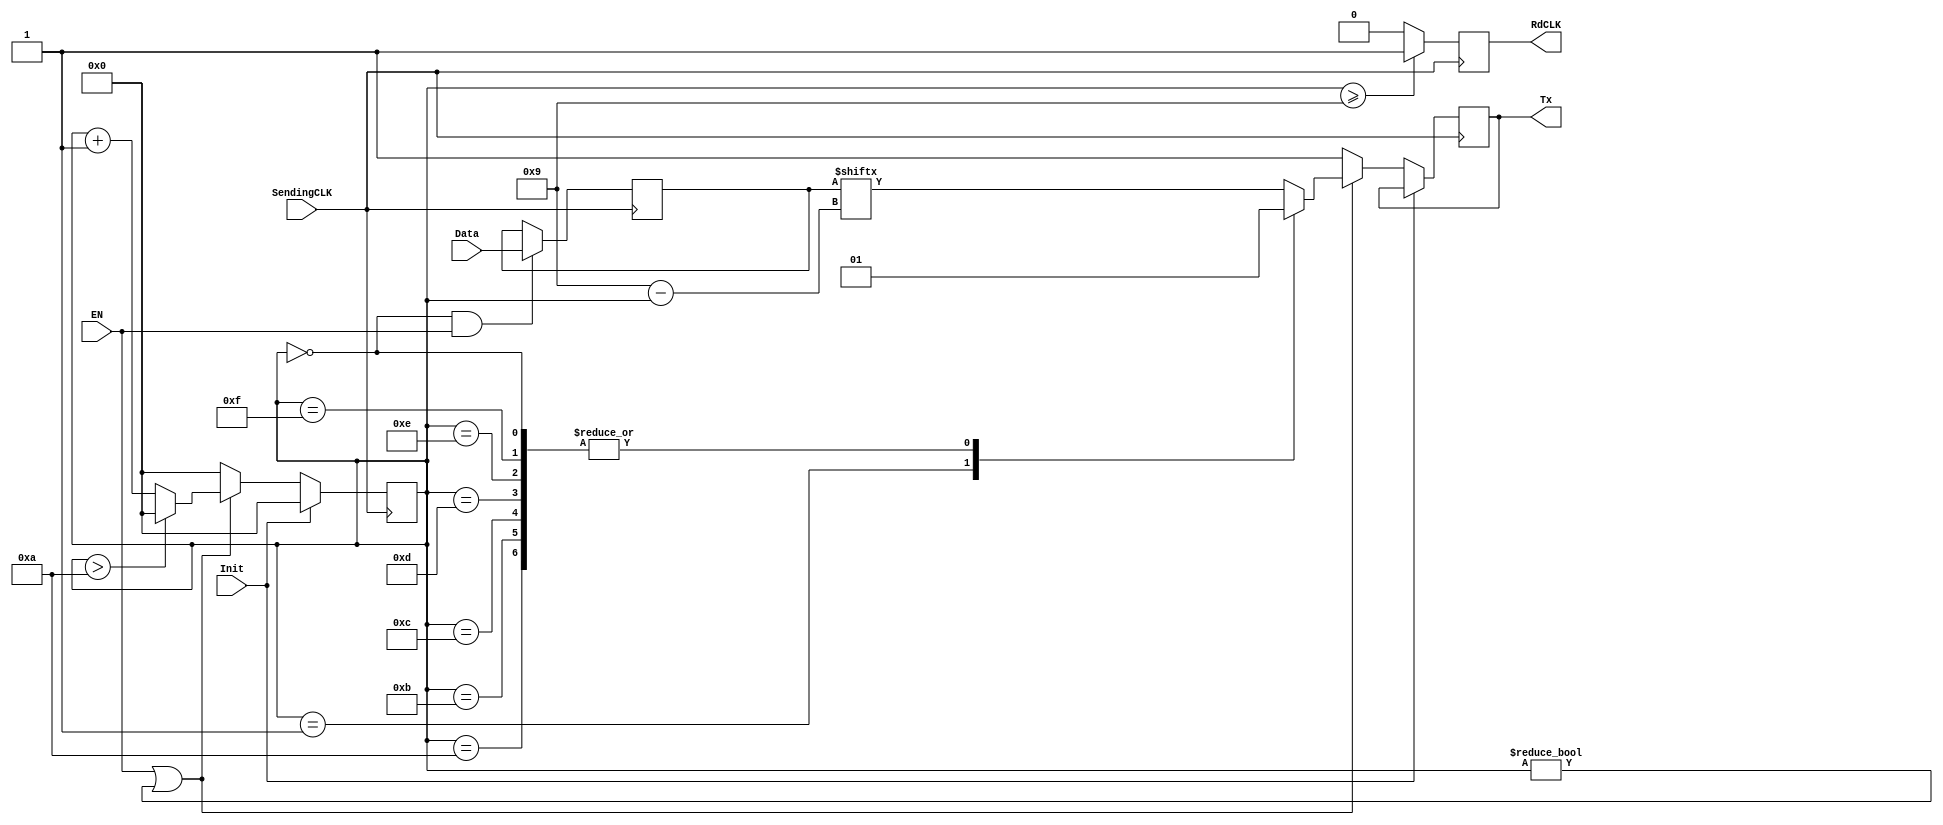
module MyUart(EN,Init,SendingCLK,Data,Tx,RdCLK);
	input EN;
	input Init;
	input SendingCLK;
	input [7:0]Data;
	
	output reg Tx;
	output reg RdCLK;
	
	reg [4:0]index;
	reg [7:0]store;
	
	initial begin
		index=0;
		store=255;
		Tx=1;
		RdCLK=0;
	end
	
	always @(negedge SendingCLK)begin
		if(index==0&&EN)begin
			//Here Tx should be 0;
			store=Data;
		end
	end

	always @(posedge SendingCLK)begin
		if(Init)begin
			index=0;
		end else if(EN || (index!=0)) begin
			case(index)
				0:Tx=1'd1;
				1:Tx=1'd0;
				10:Tx=1'd1;
				11:Tx=1'd1;
				12:Tx=1'd1;
				13:Tx=1'd1;
				14:Tx=1'd1;
				15:Tx=1'd1;
				default:Tx=store[9-index];
			endcase
			
			if(index>10)begin
				index=0;
			end else begin
				index=index+1;
			end
		end else begin
			Tx=1;
			index=0;
		end
	end
	
	always @(posedge SendingCLK) begin
		if(index>=9) begin
			RdCLK=1;
		end else begin
			RdCLK=0;
		end
	end
	
endmodule